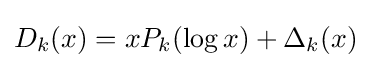
D_{k}(x)=xP_{k}(\log x)+\Delta _{k}(x)